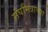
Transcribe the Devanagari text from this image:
संघमित्राच्या